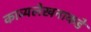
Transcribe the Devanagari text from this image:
काव्यलेखनाकडे